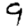
Digit: 9